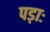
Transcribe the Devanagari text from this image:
पड़ाः